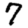
Digit: 7